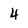
Character: 4